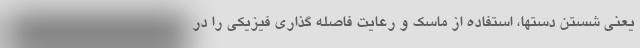
یعنی شستن دستها، استفاده از ماسک و رعایت فاصله گذاری فیزیکی را در